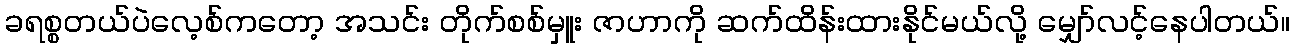
ခရစ္စတယ်ပဲလေ့စ်ကတော့ အသင်း တိုက်စစ်မှူး ဇာဟာကို ဆက်ထိန်းထားနိုင်မယ်လို့ မျှော်လင့်နေပါတယ်။